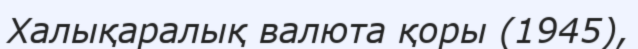
Халықаралық валюта қоры (1945),